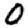
Digit: 0